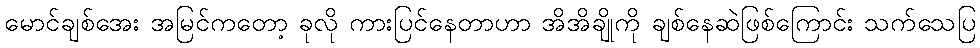
မောင်ချစ်အေး အမြင်ကတော့ ခုလို ကားပြင်နေတာဟာ အိအိချိုကို ချစ်နေဆဲဖြစ်ကြောင်း သက်သေပြ